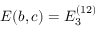
E ( b , c ) = E _ { 3 } ^ { ( 1 2 ) }